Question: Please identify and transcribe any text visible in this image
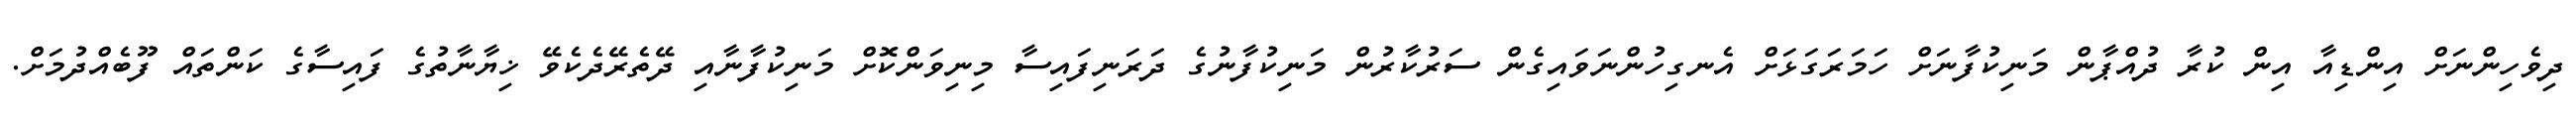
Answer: ދިވެހިންނަށް އިންޑިއާ އިން ކުރާ ދުއްޕާން މަނިކުފާނަށް ހަމަރަގަޅަށް އެނގިހުންނަވައިގެން ސަރުކާރުން މަނިކުފާނުގެ ދަރަނިފައިސާ މިނިވަންކޮށް މަނިކުފާނާއި ދޭތެރޭދެކެވޭ ޚިޔާނާތުގެ ފައިސާގެ ކަންތައް ފޫބެއްދުމަށް.